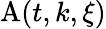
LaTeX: \mathrm{A}(t,k,\xi)